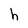
Character: h